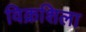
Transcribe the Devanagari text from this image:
विक्रशिला